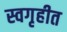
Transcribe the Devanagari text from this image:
स्वगृहीत